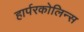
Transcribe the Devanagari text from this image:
हार्परकोलिन्स